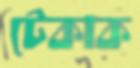
টেকাক